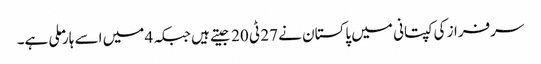
سرفراز کی کپتانی میں پاکستان نے 27 ٹی 20 جیتے ہیں جبکہ 4 میں اسے ہار ملی ہے۔